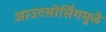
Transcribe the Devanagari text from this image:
आउटसोर्सिंगमुळे